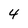
Character: 4